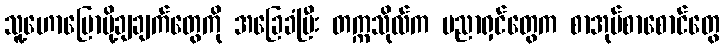
သူ့ဟောပြောပို့ချချက်တွေကို အခြေခံပြီး တက္ကသိုလ်က ပညာရှင်တွေက စာအုပ်စာစောင်တွေ